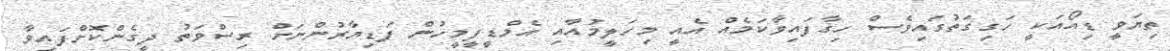
ތިޔަވީ ޑިއޯއަކީ ހަގިގަތުގައިވެސް ހިގާފައިވާކަމެއް އެއީ މިހަލީމުއާއި އެމްޑީފީމީހުން ފަޑިޔާރުންނަށް ރިސްވަތު ދީގެންކޮށްފައިވާ